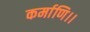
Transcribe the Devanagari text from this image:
कर्माणि।।